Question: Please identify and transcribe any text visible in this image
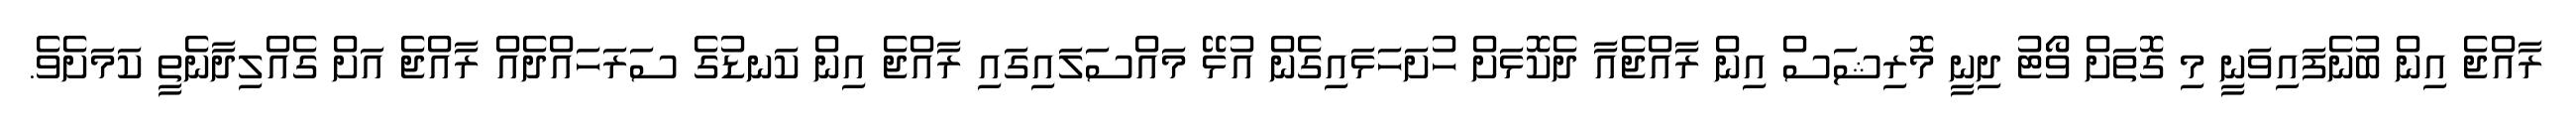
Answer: ރާއްޖެ އިން ބުނެފައިވަނީ މި ގޮތަށް ވޯޓު ދިނީ މޮރިޝަސް އިން ރާއްޖެއާ ދެކޮޅަށް ހުށަހަޅައިގެން އުޅޭ މައްސަލައިގައި ރާއްޖެ އިން ކަނޑުގެ ސަރަހައްދެއް ރާއްޖެ އަށް ގެއްލިދާނެތީ ކަމަށެވެ.